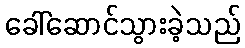
ခေါ်ဆောင်သွားခဲ့သည်